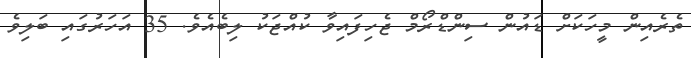
ތެރެއިން މީހަކަށް ޑައުން ސިންޑްރޯމް ޖެހިފައިވާ ކުއްޖަކު ލިބެއެވެ. 35 އަހަރުގައި ބަލިވެ